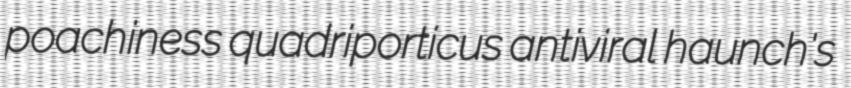
poachiness quadriporticus antiviral haunch's